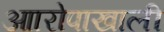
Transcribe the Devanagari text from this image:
आारोपाखाली